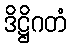
ဒိဋ္ဌိဂတံ